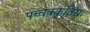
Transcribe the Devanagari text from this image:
पच्चक्कुतिरा